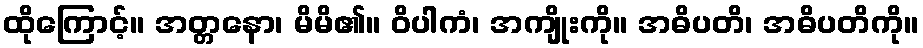
ထိုကြောင့်။ အတ္တနော၊ မိမိ၏။ ဝိပါကံ၊ အကျိုးကို။ အဓိပတိ၊ အဓိပတိကို။